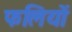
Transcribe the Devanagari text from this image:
फलियों